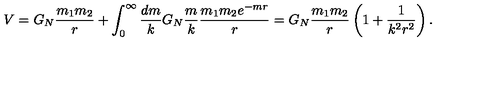
V = G _ { N } { \frac { m _ { 1 } m _ { 2 } } { r } } + \int _ { 0 } ^ { \infty } { \frac { d m } { k } } G _ { N } { \frac { m } { k } } { \frac { m _ { 1 } m _ { 2 } e ^ { - m r } } { r } } = G _ { N } { \frac { m _ { 1 } m _ { 2 } } { r } } \left( 1 + { \frac { 1 } { k ^ { 2 } r ^ { 2 } } } \right) .